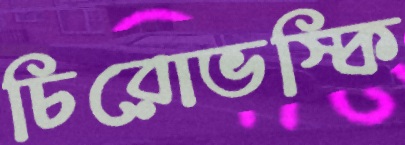
চিরোভস্কি